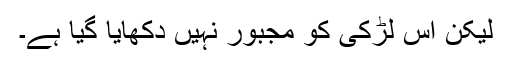
لیکن اس لڑکی کو مجبور نہیں دکھایا گيا ہے۔